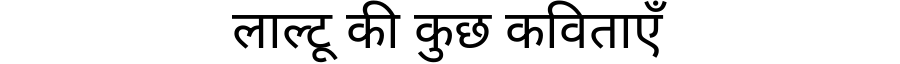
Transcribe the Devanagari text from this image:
लाल्टू की कुछ कविताएँ